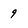
Character: 9